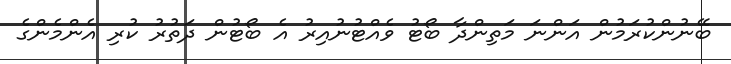
ބޭނުންކުރަމުން އަންނަ މަތިންދާ ބޯޓު ވެއްޓުނުއިރު އެ ބޯޓުން ދަތުރު ކުރި އެންމެންގެ